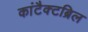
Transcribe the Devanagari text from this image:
कांटैक्टब्रिल